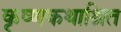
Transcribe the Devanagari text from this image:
कृष्णकथाश्रित